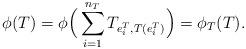
LaTeX: \begin{align*}\phi (T)=\phi \Big(\sum_{i=1}^{n_T}T_{e^T_i,T(e^T_i)}\Big)=\phi_T(T).\end{align*}